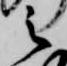
之